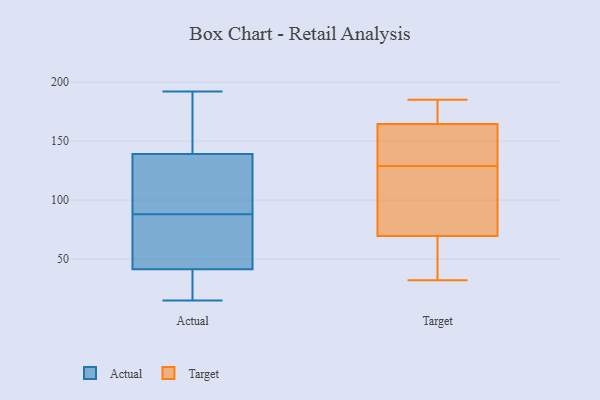
{"axis": {"x": "Inventory Turnover", "y": "Value"}, "legend": ["Actual", "Target"], "data": [{"x": "", "y": 142, "type": "Actual"}, {"x": "", "y": 102, "type": "Actual"}, {"x": "", "y": 38, "type": "Actual"}, {"x": "", "y": 192, "type": "Actual"}, {"x": "", "y": 141, "type": "Actual"}, {"x": "", "y": 105, "type": "Actual"}, {"x": "", "y": 26, "type": "Actual"}, {"x": "", "y": 15, "type": "Actual"}, {"x": "", "y": 74, "type": "Actual"}, {"x": "", "y": 52, "type": "Actual"}, {"x": "", "y": 137, "type": "Actual"}, {"x": "", "y": 45, "type": "Actual"}, {"x": "", "y": 175, "type": "Target"}, {"x": "", "y": 59, "type": "Target"}, {"x": "", "y": 140, "type": "Target"}, {"x": "", "y": 76, "type": "Target"}, {"x": "", "y": 185, "type": "Target"}, {"x": "", "y": 63, "type": "Target"}, {"x": "", "y": 138, "type": "Target"}, {"x": "", "y": 154, "type": "Target"}, {"x": "", "y": 32, "type": "Target"}, {"x": "", "y": 185, "type": "Target"}, {"x": "", "y": 77, "type": "Target"}, {"x": "", "y": 120, "type": "Target"}]}